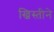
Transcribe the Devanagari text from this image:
ख्रिस्तीने